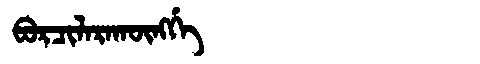
Manchu: ᠪᠣᡵᠴᡳᠯᠠᡵᠠᡴᡡᠩᡤᡝ
Romanization: BORCILARAKŪNGGE